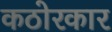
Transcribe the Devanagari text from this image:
कठोरकार